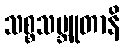
သစ္စသမ္ဘူတာနိ